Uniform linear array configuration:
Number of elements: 12
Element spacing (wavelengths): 0.5
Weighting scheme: hann
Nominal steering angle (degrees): -15
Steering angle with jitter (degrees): -16.38
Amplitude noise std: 0.05
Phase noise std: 0.05

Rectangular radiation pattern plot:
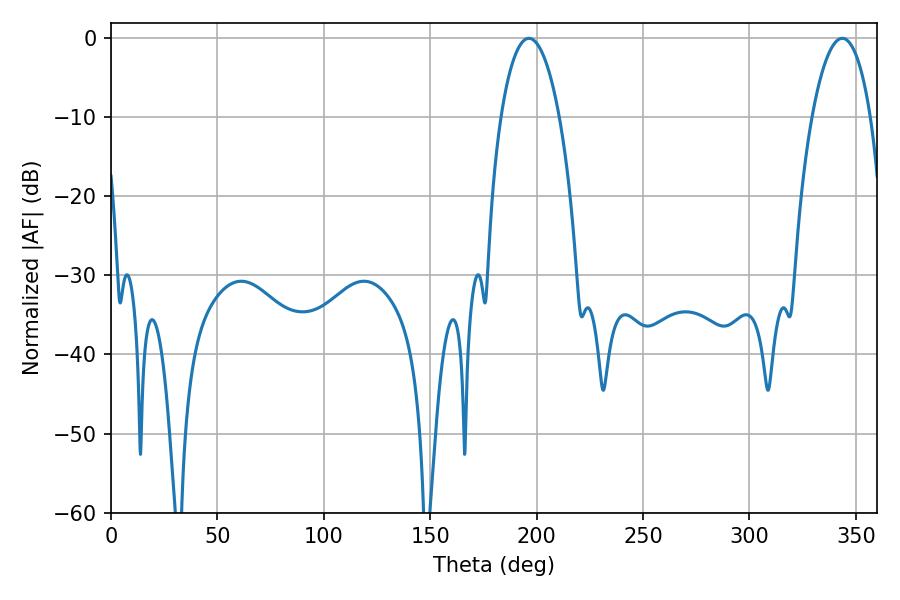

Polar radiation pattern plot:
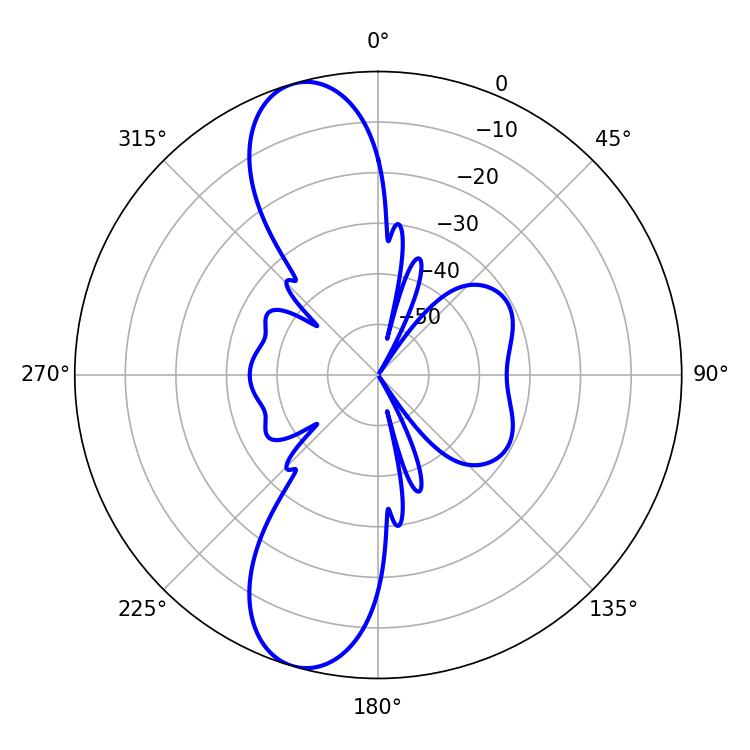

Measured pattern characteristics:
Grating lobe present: FALSE
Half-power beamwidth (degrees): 15.48
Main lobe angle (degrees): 196.38